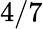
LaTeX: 4/7